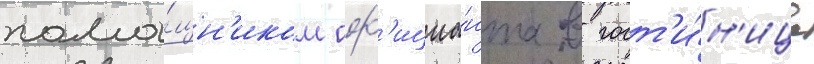
помо́щн'иком оф'ициа́нта в гост'и́н'ице